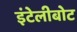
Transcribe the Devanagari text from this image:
इंटेलीबोट